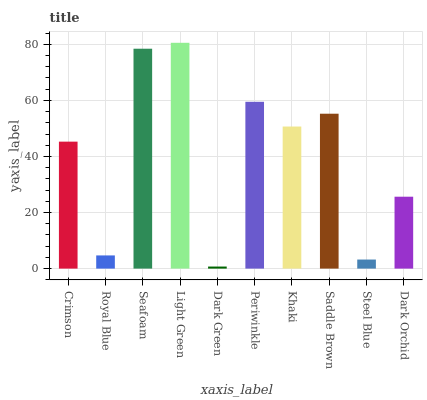
| xaxis_label | bars |
 | --- | --- |
 | Crimson | 45.3 |
 | Royal Blue | 4.7 |
 | Seafoam | 78.4 |
 | Light Green | 80.5 |
 | Dark Green | 0.735 |
 | Periwinkle | 59.5 |
 | Khaki | 50.7 |
 | Saddle Brown | 55.2 |
 | Steel Blue | 3.23 |
 | Dark Orchid | 25.6 |